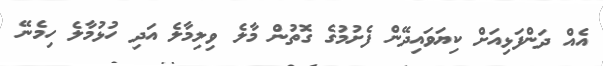
އެއް ދަންފަޅިއަށް ކިޔަވައިދޭން ފެށުމުގެ ގޮތުން މާލެ ވިލިމާލެ އަދި ހުޅުމާލެ ހިމެނޭ